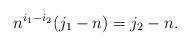
LaTeX: \begin{align*}n^{i_1-i_2}(j_1-n)=j_2-n.\end{align*}